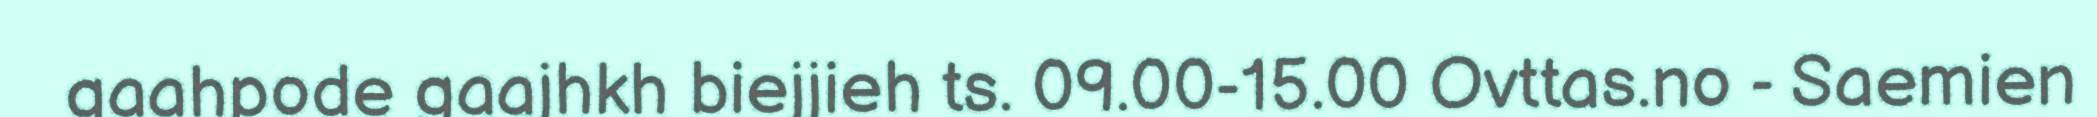
gaahpode gaajhkh biejjieh ts. 09.00-15.00 Ovttas.no - Saemien